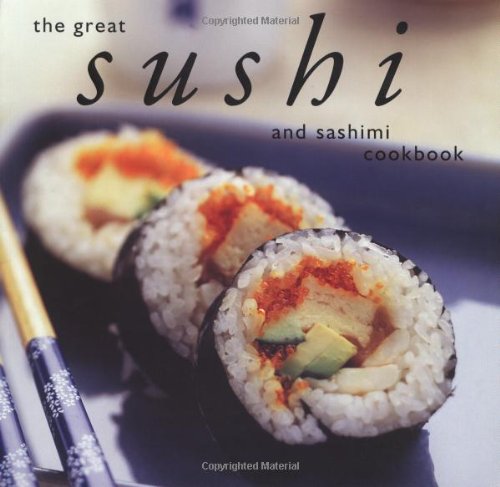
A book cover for The Great Sushi & Sashimi cookbook (Great Seafood Series); Masakazu Hori; Cookbooks, Food & Wine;